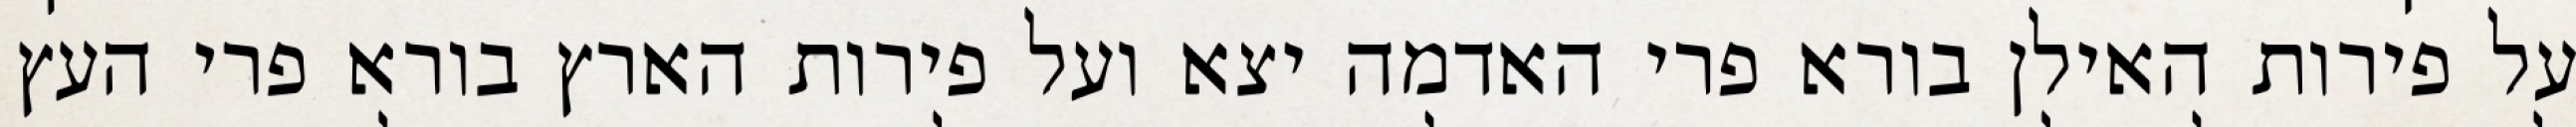
על פירות האילן בורא פרי האדמה יצא ועל פירות הארץ בורא פרי העץ